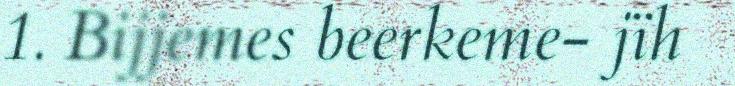
1. Bijjemes beerkeme- jïh